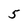
Character: 5